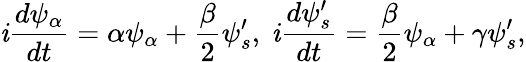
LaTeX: \mathit{i}{\frac{{d\psi_{\alpha}}}{{dt}}}=\alpha\psi_{\alpha}+{\frac{{\beta}}{{2}}}\psi_{s}^{\prime},\ \mathit{i}{\frac{{d\psi_{s}^{\prime}}}{{dt}}}={\frac{{\beta}}{{2}}}\psi_{\alpha}+\gamma\psi_{s}^{\prime},